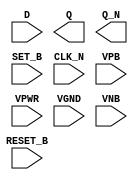
module sky130_fd_sc_ls__dfbbn (
    //# {{data|Data Signals}}
    input  D      ,
    output Q      ,
    output Q_N    ,

    //# {{control|Control Signals}}
    input  RESET_B,
    input  SET_B  ,

    //# {{clocks|Clocking}}
    input  CLK_N  ,

    //# {{power|Power}}
    input  VPB    ,
    input  VPWR   ,
    input  VGND   ,
    input  VNB
);
endmodule